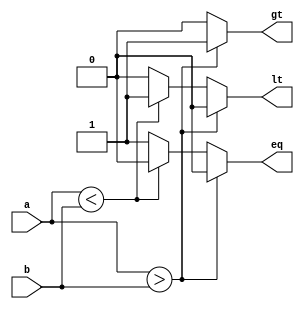
module signed_comparator(
    input signed [7:0] a,
    input signed [7:0] b,
    output reg gt,
    output reg lt,
    output reg eq
);

always @(*) begin
    if (a > b) begin
        gt = 1;
        lt = 0;
        eq = 0;
    end else if (a < b) begin
        gt = 0;
        lt = 1;
        eq = 0;
    end else begin
        gt = 0;
        lt = 0;
        eq = 1;
    end
end

endmodule